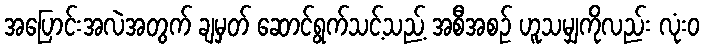
အပြောင်းအလဲအတွက် ချမှတ် ဆောင်ရွက်သင့်သည့် အစီအစဉ် ဟူသမျှကိုလည်း လုံးဝ